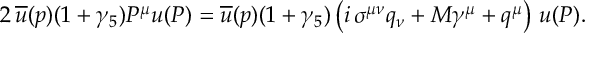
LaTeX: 2 \, \overline { { { u } } } ( p ) ( 1 + \gamma _ { 5 } ) P ^ { \mu } u ( P ) = \overline { { { u } } } ( p ) ( 1 + \gamma _ { 5 } ) \left( i \, \sigma ^ { \mu \nu } q _ { \nu } + M \gamma ^ { \mu } + q ^ { \mu } \right) \, u ( P ) .